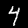
Digit: 4